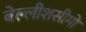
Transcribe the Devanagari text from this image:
बेल्लीशसीमो